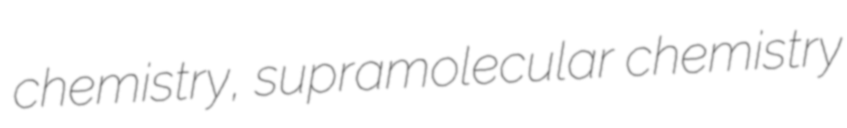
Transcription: chemistry, supramolecular chemistry